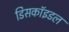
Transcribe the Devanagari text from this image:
डिसकॉइडल